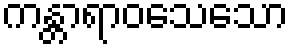
ကန္တာရာဝသေသော